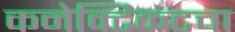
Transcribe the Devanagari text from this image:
कनेक्टिकटचा